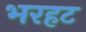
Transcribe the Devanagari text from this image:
भरहट